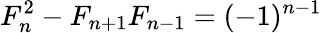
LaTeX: F_{n}^{2}-F_{n+1}F_{n-1}=(-1)^{n-1}